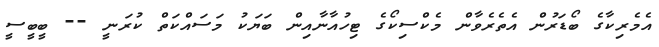
އެމެރިކާގެ ބޯޑަރުން އެތެރެވާން މެކްސިކޯގެ ޓިހުއާނާއިން ބަޔަކު މަސައްކަތް ކުރަނީ -- ބީބީސީ